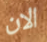
الان